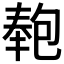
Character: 𭅏